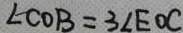
\angle C O B = 3 \angle E O C